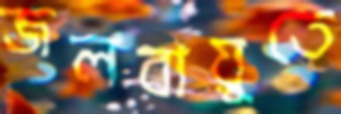
জলবায়ুতে